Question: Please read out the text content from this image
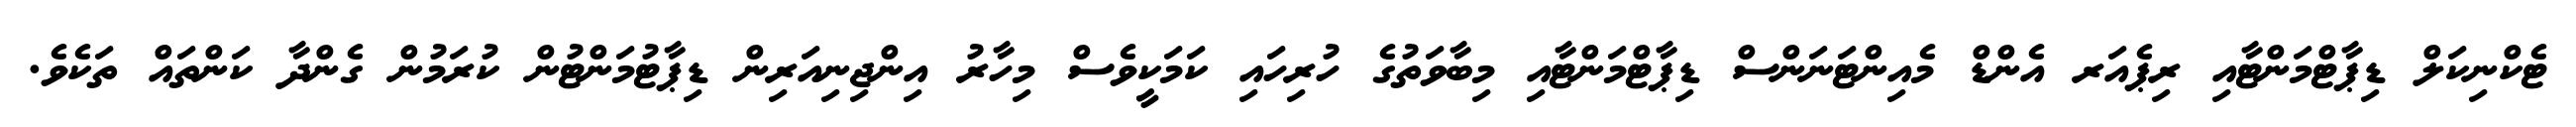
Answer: ޓެކްނިކަލް ޑިޕާޓްމަންޓާއި ރިޕެއަރ އެންޑް މެއިންޓަނަންސް ޑިޕާޓްމަންޓާއި މިބާވަތުގެ ހުރިހައި ކަމަކީވެސް މިހާރު އިންޖިނިއަރިން ޑިޕާޓުމަންޓުން ކުރަމުން ގެންދާ ކަންތައް ތަކެވެ.